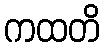
ကထတိ